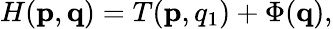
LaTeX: H(\mathbf{p},\mathbf{q})=T(\mathbf{p},q_{1})+\Phi(\mathbf{q}),